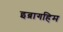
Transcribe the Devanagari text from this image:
इब्रागहिम